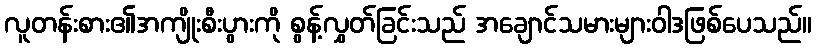
လူတန်းစား၏အကျိုးစီးပွားကို စွန့်လွှတ်ခြင်းသည် အချောင်သမားများဝါဒဖြစ်ပေသည်။